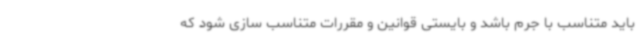
باید متناسب با جرم باشد و بایستی قوانین و مقررات متناسب سازی شود که